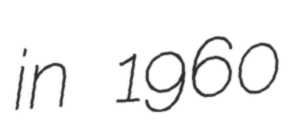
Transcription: in 1960